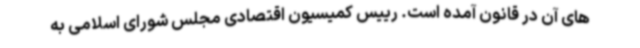
های آن در قانون آمده است. رییس کمیسیون اقتصادی مجلس شورای اسلامی به